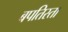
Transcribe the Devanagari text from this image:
बपतिस्ता